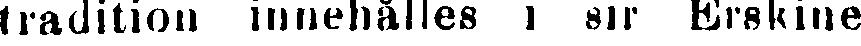
tradition innehålles i sir Erskine